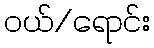
ဝယ်/ရောင်း